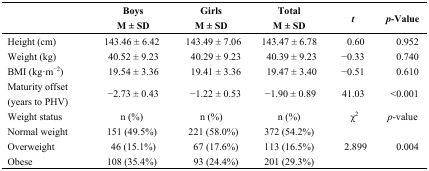
<table><thead><tr><td></td><td><b>Boys M ± SD</b></td><td><b>Girls M ± SD</b></td><td><b>Total M ± SD</b></td><td><b><i>t</i></b></td><td><b><i>p</i>-Value</b></td></tr></thead><tbody><tr><td>Height (cm)</td><td>143.46 ± 6.42</td><td>143.49 ± 7.06</td><td>143.47 ± 6.78</td><td>0.60</td><td>0.952</td></tr><tr><td>Weight (kg)</td><td>40.52 ± 9.23</td><td>40.29 ± 9.23</td><td> 40.39 ± 9.23</td><td>−0.33</td><td>0.740</td></tr><tr><td>BMI (kg·m<sup>−2</sup>)</td><td>19.54 ± 3.36</td><td>19.41 ± 3.36</td><td> 19.47 ± 3.40</td><td>−0.51</td><td>0.610</td></tr><tr><td>Maturity offset (years to PHV)</td><td>−2.73 ± 0.43</td><td>−1.22 ± 0.53</td><td> −1.90 ± 0.89</td><td>41.03</td><td>&lt;0.001</td></tr><tr><td>Weight status</td><td>n (%)</td><td>n (%)</td><td>n (%)</td><td>χ<sup>2</sup></td><td><i>p</i>-value</td></tr><tr><td>Normal weight</td><td>151 (49.5%)</td><td>221 (58.0%)</td><td>372 (54.2%)</td><td rowspan="3">2.899</td><td rowspan="3">0.004</td></tr><tr><td>Overweight</td><td>46 (15.1%)</td><td>67 (17.6%)</td><td>113 (16.5%)</td></tr><tr><td>Obese</td><td>108 (35.4%)</td><td>93 (24.4%)</td><td>201 (29.3%)</td></tr></tbody></table>